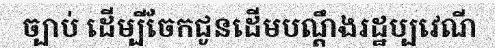
ច្បាប់ ដើម្បីចែកជូនដើមបណ្តឹងរដ្ឋប្បវេណី